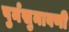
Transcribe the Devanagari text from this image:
पुर्नसुनावणी